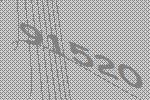
91520